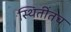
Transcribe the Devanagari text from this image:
स्थितींतच